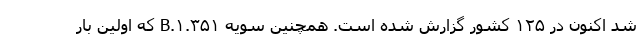
شد اکنون در ۱۲۵ کشور گزارش شده است. همچنین سویه B.۱.۳۵۱ که اولین بار